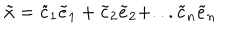
LaTeX: \tilde { x } = \tilde { c } _ { 1 } \tilde { e } _ { 1 } + \tilde { c } _ { 2 } \tilde { e } _ { 2 } + . . . \tilde { c } _ { n } \tilde { e } _ { n }